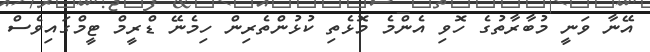
އޭނާ ވަނީ މުބާރާތުގެ ހޮވި އެންމެ މޮޅެތި ކުޅުންތެރިން ހިމެނޭ ޑްރީމް ޓީމްގައިވެސް